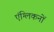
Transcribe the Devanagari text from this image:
एंग्लिकनों